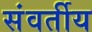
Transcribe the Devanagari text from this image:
संवर्तीय